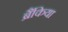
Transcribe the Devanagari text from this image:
ब्रैंकिया